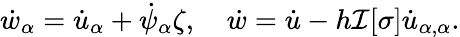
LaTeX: \dot{w}_{\alpha}=\dot{u}_{\alpha}+\dot{\psi}_{\alpha}\zeta,\quad\dot{w}=\dot{u}-h\mathcal{I}[\sigma]\dot{u}_{\alpha,\alpha}.